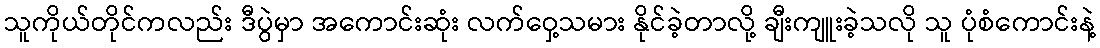
သူကိုယ်တိုင်ကလည်း ဒီပွဲမှာ အကောင်းဆုံး လက်ဝှေ့သမား နိုင်ခဲ့တာလို့ ချီးကျူးခဲ့သလို သူ ပုံစံကောင်းနဲ့